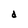
Character: d